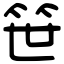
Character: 笹